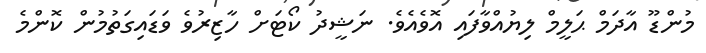
މުންޑޫ އާދަމް ޙަލީމް ލިޔުއްވާފައި އޮވެއެވެ. ނަޝީދު ކޯޓަށް ހާޒިރުވެ ވަޑައިގަތުމުން ކޮންމެ